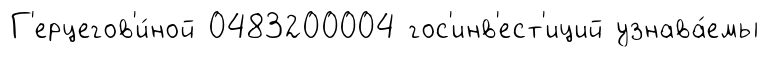
Г'ерцегов'и́ной 0483200004 гос'инв'ест'иций узнава́емы